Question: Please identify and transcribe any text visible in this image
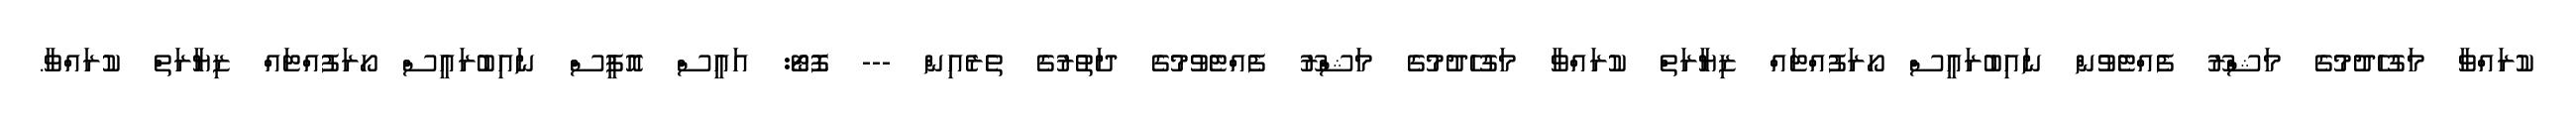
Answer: ކުރައްވާ މަގުހެދުމުގެ މަޝްރޫ ފެއްޓެވުން ނައިބުރައީސް ހޯރަފުއްޓައް ޒިޔާރަތް ކުރައްވާ މަގުހެދުމުގެ މަޝްރޫ ފެއްޓެވުމުގެ ދަތުރުގެ ތެރެއިން --- ފޮޓޯ: އައީސް އޮފީސް ނައިބުރައީސް ހޯރަފުއްޓައް ޒިޔާރަތް ކުރައްވާ.